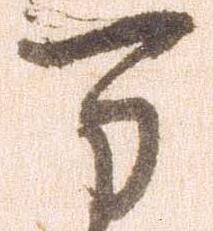
万